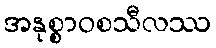
အနုစ္စာဝစသီလဿ